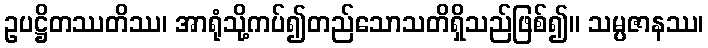
ဥပဋ္ဌိတဿတိဿ၊ အာရုံသို့ကပ်၍တည်သောသတိရှိသည်ဖြစ်၍။ သမ္ပဇာနဿ၊